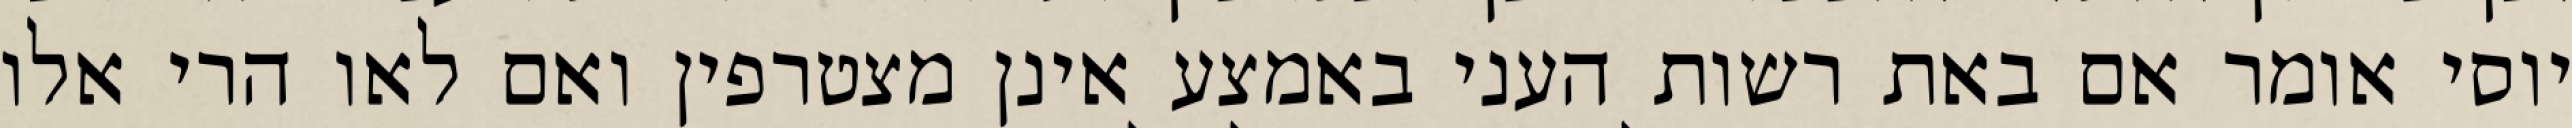
יוסי אומר אם באת רשות העני באמצע אינן מצטרפין ואם לאו הרי אלו